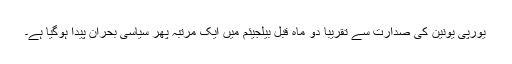
یورپی یونین کی صدارت سے تقریباً دو ماہ قبل بیلجیئم میں ایک مرتبہ پھر سیاسی بحران پیدا ہوگیا ہے۔